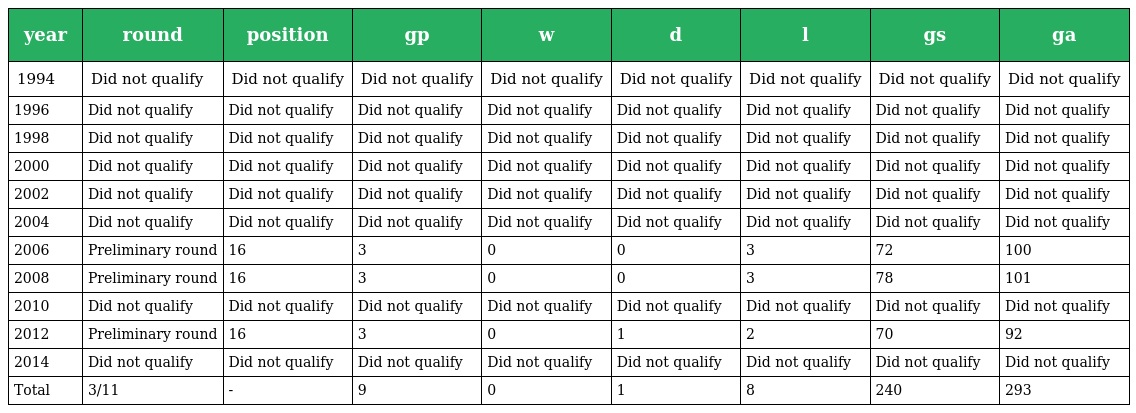
| year | round | position | gp | w | d | l | gs | ga |
 | --- | --- | --- | --- | --- | --- | --- | --- | --- |
 | 1994 | Did not qualify | Did not qualify | Did not qualify | Did not qualify | Did not qualify | Did not qualify | Did not qualify | Did not qualify |
 | 1996 | Did not qualify | Did not qualify | Did not qualify | Did not qualify | Did not qualify | Did not qualify | Did not qualify | Did not qualify |
 | 1998 | Did not qualify | Did not qualify | Did not qualify | Did not qualify | Did not qualify | Did not qualify | Did not qualify | Did not qualify |
 | 2000 | Did not qualify | Did not qualify | Did not qualify | Did not qualify | Did not qualify | Did not qualify | Did not qualify | Did not qualify |
 | 2002 | Did not qualify | Did not qualify | Did not qualify | Did not qualify | Did not qualify | Did not qualify | Did not qualify | Did not qualify |
 | 2004 | Did not qualify | Did not qualify | Did not qualify | Did not qualify | Did not qualify | Did not qualify | Did not qualify | Did not qualify |
 | 2006 | Preliminary round | 16 | 3 | 0 | 0 | 3 | 72 | 100 |
 | 2008 | Preliminary round | 16 | 3 | 0 | 0 | 3 | 78 | 101 |
 | 2010 | Did not qualify | Did not qualify | Did not qualify | Did not qualify | Did not qualify | Did not qualify | Did not qualify | Did not qualify |
 | 2012 | Preliminary round | 16 | 3 | 0 | 1 | 2 | 70 | 92 |
 | 2014 | Did not qualify | Did not qualify | Did not qualify | Did not qualify | Did not qualify | Did not qualify | Did not qualify | Did not qualify |
 | Total | 3/11 | - | 9 | 0 | 1 | 8 | 240 | 293 |